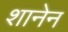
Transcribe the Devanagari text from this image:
शानेन